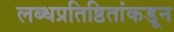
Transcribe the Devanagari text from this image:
लब्धप्रतिष्ठितांकडून